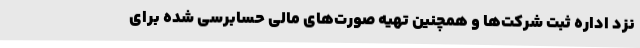
نزد اداره ثبت شرکت‌ها و همچنین تهیه صورت‌های مالی حسابرسی شده برای